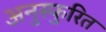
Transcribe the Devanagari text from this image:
अनुस्फुरित